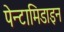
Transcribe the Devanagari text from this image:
पेन्टामिडाइन